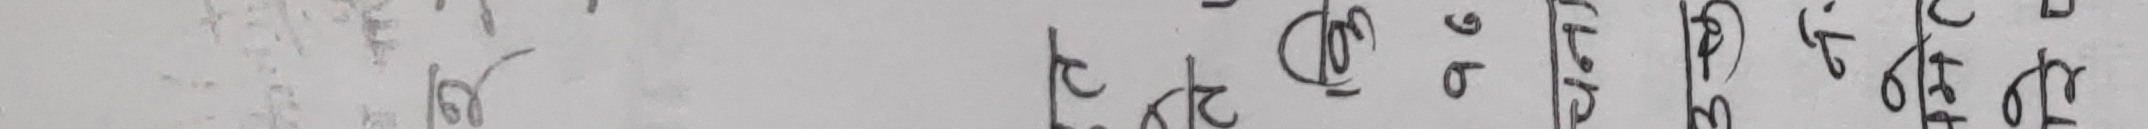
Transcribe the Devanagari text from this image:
२४ दो ७/६ ७२९